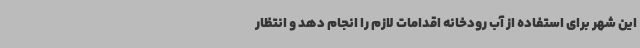
این شهر برای استفاده از آب رودخانه اقدامات لازم را انجام دهد و انتظار